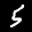
Label: 5